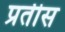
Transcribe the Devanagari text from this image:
प्रतीस